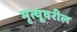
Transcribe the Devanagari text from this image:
मृत्यूवरील